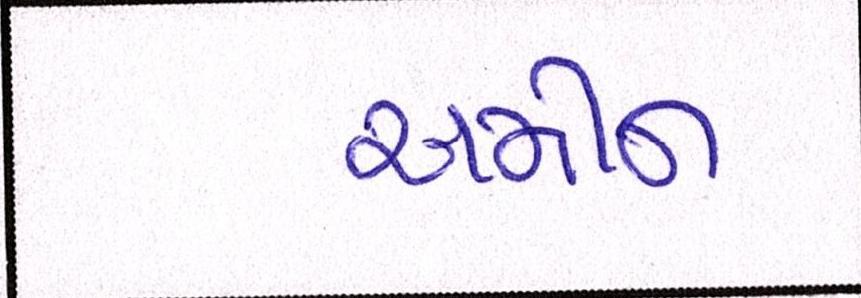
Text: અમીન